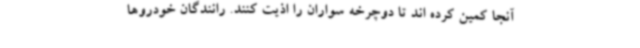
آنجا کمین کرده اند تا دوچرخه سواران را اذیت کنند. رانندگان خودروها